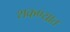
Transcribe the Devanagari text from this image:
शकण्यात